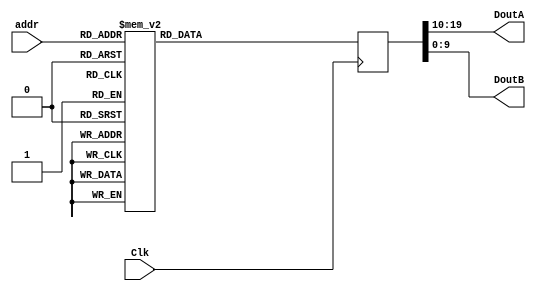
`timescale 1ns / 1ps
//////////////////////////////////////////////////////////////////////////////////
// Company: 
// Engineer: 
// 
// Design Name: 
// Module Name:    bitRevRam 
// Project Name: 
// Target Devices: 
// Tool versions: 
// Description: 
//
// Dependencies: 
//
// Revision: 
// Revision 0.01 - File Created
// Additional Comments: 
//
//////////////////////////////////////////////////////////////////////////////////
module bitRevRam(Clk, addr, DoutA, DoutB);

	input Clk;
	input [8:0] addr;
	
	output [9:0] DoutA, DoutB;
	
	reg [19:0] Dout;
	
	assign DoutA = Dout[19:10];
	assign DoutB = Dout[9:0];
	
	always @ (posedge Clk) begin
		case (addr)
			9'b000000000: Dout <= 20'b00000000011000000000;
			9'b000000001: Dout <= 20'b00000000100100000000;
			9'b000000010: Dout <= 20'b00000000111100000000;
			9'b000000011: Dout <= 20'b00000001000010000000;
			9'b000000100: Dout <= 20'b00000001011010000000;
			9'b000000101: Dout <= 20'b00000001100110000000;
			9'b000000110: Dout <= 20'b00000001111110000000;
			9'b000000111: Dout <= 20'b00000010000001000000;
			9'b000001000: Dout <= 20'b00000010011001000000;
			9'b000001001: Dout <= 20'b00000010100101000000;
			9'b000001010: Dout <= 20'b00000010111101000000;
			9'b000001011: Dout <= 20'b00000011000011000000;
			9'b000001100: Dout <= 20'b00000011011011000000;
			9'b000001101: Dout <= 20'b00000011100111000000;
			9'b000001110: Dout <= 20'b00000011111111000000;
			9'b000001111: Dout <= 20'b00000100000000100000;
			9'b000010000: Dout <= 20'b00000100011000100000;
			9'b000010001: Dout <= 20'b00000100100100100000;
			9'b000010010: Dout <= 20'b00000100111100100000;
			9'b000010011: Dout <= 20'b00000101000010100000;
			9'b000010100: Dout <= 20'b00000101011010100000;
			9'b000010101: Dout <= 20'b00000101100110100000;
			9'b000010110: Dout <= 20'b00000101111110100000;
			9'b000010111: Dout <= 20'b00000110000001100000;
			9'b000011000: Dout <= 20'b00000110011001100000;
			9'b000011001: Dout <= 20'b00000110100101100000;
			9'b000011010: Dout <= 20'b00000110111101100000;
			9'b000011011: Dout <= 20'b00000111000011100000;
			9'b000011100: Dout <= 20'b00000111011011100000;
			9'b000011101: Dout <= 20'b00000111100111100000;
			9'b000011110: Dout <= 20'b00000111111111100000;
			9'b000011111: Dout <= 20'b00001000011000010000;
			9'b000100000: Dout <= 20'b00001000100100010000;
			9'b000100001: Dout <= 20'b00001000111100010000;
			9'b000100010: Dout <= 20'b00001001000010010000;
			9'b000100011: Dout <= 20'b00001001011010010000;
			9'b000100100: Dout <= 20'b00001001100110010000;
			9'b000100101: Dout <= 20'b00001001111110010000;
			9'b000100110: Dout <= 20'b00001010000001010000;
			9'b000100111: Dout <= 20'b00001010011001010000;
			9'b000101000: Dout <= 20'b00001010100101010000;
			9'b000101001: Dout <= 20'b00001010111101010000;
			9'b000101010: Dout <= 20'b00001011000011010000;
			9'b000101011: Dout <= 20'b00001011011011010000;
			9'b000101100: Dout <= 20'b00001011100111010000;
			9'b000101101: Dout <= 20'b00001011111111010000;
			9'b000101110: Dout <= 20'b00001100011000110000;
			9'b000101111: Dout <= 20'b00001100100100110000;
			9'b000110000: Dout <= 20'b00001100111100110000;
			9'b000110001: Dout <= 20'b00001101000010110000;
			9'b000110010: Dout <= 20'b00001101011010110000;
			9'b000110011: Dout <= 20'b00001101100110110000;
			9'b000110100: Dout <= 20'b00001101111110110000;
			9'b000110101: Dout <= 20'b00001110000001110000;
			9'b000110110: Dout <= 20'b00001110011001110000;
			9'b000110111: Dout <= 20'b00001110100101110000;
			9'b000111000: Dout <= 20'b00001110111101110000;
			9'b000111001: Dout <= 20'b00001111000011110000;
			9'b000111010: Dout <= 20'b00001111011011110000;
			9'b000111011: Dout <= 20'b00001111100111110000;
			9'b000111100: Dout <= 20'b00001111111111110000;
			9'b000111101: Dout <= 20'b00010000011000001000;
			9'b000111110: Dout <= 20'b00010000100100001000;
			9'b000111111: Dout <= 20'b00010000111100001000;
			9'b001000000: Dout <= 20'b00010001000010001000;
			9'b001000001: Dout <= 20'b00010001011010001000;
			9'b001000010: Dout <= 20'b00010001100110001000;
			9'b001000011: Dout <= 20'b00010001111110001000;
			9'b001000100: Dout <= 20'b00010010011001001000;
			9'b001000101: Dout <= 20'b00010010100101001000;
			9'b001000110: Dout <= 20'b00010010111101001000;
			9'b001000111: Dout <= 20'b00010011000011001000;
			9'b001001000: Dout <= 20'b00010011011011001000;
			9'b001001001: Dout <= 20'b00010011100111001000;
			9'b001001010: Dout <= 20'b00010011111111001000;
			9'b001001011: Dout <= 20'b00010100011000101000;
			9'b001001100: Dout <= 20'b00010100100100101000;
			9'b001001101: Dout <= 20'b00010100111100101000;
			9'b001001110: Dout <= 20'b00010101000010101000;
			9'b001001111: Dout <= 20'b00010101011010101000;
			9'b001010000: Dout <= 20'b00010101100110101000;
			9'b001010001: Dout <= 20'b00010101111110101000;
			9'b001010010: Dout <= 20'b00010110000001101000;
			9'b001010011: Dout <= 20'b00010110011001101000;
			9'b001010100: Dout <= 20'b00010110100101101000;
			9'b001010101: Dout <= 20'b00010110111101101000;
			9'b001010110: Dout <= 20'b00010111000011101000;
			9'b001010111: Dout <= 20'b00010111011011101000;
			9'b001011000: Dout <= 20'b00010111100111101000;
			9'b001011001: Dout <= 20'b00010111111111101000;
			9'b001011010: Dout <= 20'b00011000011000011000;
			9'b001011011: Dout <= 20'b00011000100100011000;
			9'b001011100: Dout <= 20'b00011000111100011000;
			9'b001011101: Dout <= 20'b00011001000010011000;
			9'b001011110: Dout <= 20'b00011001011010011000;
			9'b001011111: Dout <= 20'b00011001100110011000;
			9'b001100000: Dout <= 20'b00011001111110011000;
			9'b001100001: Dout <= 20'b00011010011001011000;
			9'b001100010: Dout <= 20'b00011010100101011000;
			9'b001100011: Dout <= 20'b00011010111101011000;
			9'b001100100: Dout <= 20'b00011011000011011000;
			9'b001100101: Dout <= 20'b00011011011011011000;
			9'b001100110: Dout <= 20'b00011011100111011000;
			9'b001100111: Dout <= 20'b00011011111111011000;
			9'b001101000: Dout <= 20'b00011100011000111000;
			9'b001101001: Dout <= 20'b00011100100100111000;
			9'b001101010: Dout <= 20'b00011100111100111000;
			9'b001101011: Dout <= 20'b00011101000010111000;
			9'b001101100: Dout <= 20'b00011101011010111000;
			9'b001101101: Dout <= 20'b00011101100110111000;
			9'b001101110: Dout <= 20'b00011101111110111000;
			9'b001101111: Dout <= 20'b00011110011001111000;
			9'b001110000: Dout <= 20'b00011110100101111000;
			9'b001110001: Dout <= 20'b00011110111101111000;
			9'b001110010: Dout <= 20'b00011111000011111000;
			9'b001110011: Dout <= 20'b00011111011011111000;
			9'b001110100: Dout <= 20'b00011111100111111000;
			9'b001110101: Dout <= 20'b00011111111111111000;
			9'b001110110: Dout <= 20'b00100000011000000100;
			9'b001110111: Dout <= 20'b00100000100100000100;
			9'b001111000: Dout <= 20'b00100000111100000100;
			9'b001111001: Dout <= 20'b00100001011010000100;
			9'b001111010: Dout <= 20'b00100001100110000100;
			9'b001111011: Dout <= 20'b00100001111110000100;
			9'b001111100: Dout <= 20'b00100010011001000100;
			9'b001111101: Dout <= 20'b00100010100101000100;
			9'b001111110: Dout <= 20'b00100010111101000100;
			9'b001111111: Dout <= 20'b00100011000011000100;
			9'b010000000: Dout <= 20'b00100011011011000100;
			9'b010000001: Dout <= 20'b00100011100111000100;
			9'b010000010: Dout <= 20'b00100011111111000100;
			9'b010000011: Dout <= 20'b00100100011000100100;
			9'b010000100: Dout <= 20'b00100100100100100100;
			9'b010000101: Dout <= 20'b00100100111100100100;
			9'b010000110: Dout <= 20'b00100101000010100100;
			9'b010000111: Dout <= 20'b00100101011010100100;
			9'b010001000: Dout <= 20'b00100101100110100100;
			9'b010001001: Dout <= 20'b00100101111110100100;
			9'b010001010: Dout <= 20'b00100110011001100100;
			9'b010001011: Dout <= 20'b00100110100101100100;
			9'b010001100: Dout <= 20'b00100110111101100100;
			9'b010001101: Dout <= 20'b00100111000011100100;
			9'b010001110: Dout <= 20'b00100111011011100100;
			9'b010001111: Dout <= 20'b00100111100111100100;
			9'b010010000: Dout <= 20'b00100111111111100100;
			9'b010010001: Dout <= 20'b00101000011000010100;
			9'b010010010: Dout <= 20'b00101000100100010100;
			9'b010010011: Dout <= 20'b00101000111100010100;
			9'b010010100: Dout <= 20'b00101001011010010100;
			9'b010010101: Dout <= 20'b00101001100110010100;
			9'b010010110: Dout <= 20'b00101001111110010100;
			9'b010010111: Dout <= 20'b00101010011001010100;
			9'b010011000: Dout <= 20'b00101010100101010100;
			9'b010011001: Dout <= 20'b00101010111101010100;
			9'b010011010: Dout <= 20'b00101011000011010100;
			9'b010011011: Dout <= 20'b00101011011011010100;
			9'b010011100: Dout <= 20'b00101011100111010100;
			9'b010011101: Dout <= 20'b00101011111111010100;
			9'b010011110: Dout <= 20'b00101100011000110100;
			9'b010011111: Dout <= 20'b00101100100100110100;
			9'b010100000: Dout <= 20'b00101100111100110100;
			9'b010100001: Dout <= 20'b00101101011010110100;
			9'b010100010: Dout <= 20'b00101101100110110100;
			9'b010100011: Dout <= 20'b00101101111110110100;
			9'b010100100: Dout <= 20'b00101110011001110100;
			9'b010100101: Dout <= 20'b00101110100101110100;
			9'b010100110: Dout <= 20'b00101110111101110100;
			9'b010100111: Dout <= 20'b00101111000011110100;
			9'b010101000: Dout <= 20'b00101111011011110100;
			9'b010101001: Dout <= 20'b00101111100111110100;
			9'b010101010: Dout <= 20'b00101111111111110100;
			9'b010101011: Dout <= 20'b00110000011000001100;
			9'b010101100: Dout <= 20'b00110000100100001100;
			9'b010101101: Dout <= 20'b00110000111100001100;
			9'b010101110: Dout <= 20'b00110001011010001100;
			9'b010101111: Dout <= 20'b00110001100110001100;
			9'b010110000: Dout <= 20'b00110001111110001100;
			9'b010110001: Dout <= 20'b00110010011001001100;
			9'b010110010: Dout <= 20'b00110010100101001100;
			9'b010110011: Dout <= 20'b00110010111101001100;
			9'b010110100: Dout <= 20'b00110011011011001100;
			9'b010110101: Dout <= 20'b00110011100111001100;
			9'b010110110: Dout <= 20'b00110011111111001100;
			9'b010110111: Dout <= 20'b00110100011000101100;
			9'b010111000: Dout <= 20'b00110100100100101100;
			9'b010111001: Dout <= 20'b00110100111100101100;
			9'b010111010: Dout <= 20'b00110101011010101100;
			9'b010111011: Dout <= 20'b00110101100110101100;
			9'b010111100: Dout <= 20'b00110101111110101100;
			9'b010111101: Dout <= 20'b00110110011001101100;
			9'b010111110: Dout <= 20'b00110110100101101100;
			9'b010111111: Dout <= 20'b00110110111101101100;
			9'b011000000: Dout <= 20'b00110111000011101100;
			9'b011000001: Dout <= 20'b00110111011011101100;
			9'b011000010: Dout <= 20'b00110111100111101100;
			9'b011000011: Dout <= 20'b00110111111111101100;
			9'b011000100: Dout <= 20'b00111000011000011100;
			9'b011000101: Dout <= 20'b00111000100100011100;
			9'b011000110: Dout <= 20'b00111000111100011100;
			9'b011000111: Dout <= 20'b00111001011010011100;
			9'b011001000: Dout <= 20'b00111001100110011100;
			9'b011001001: Dout <= 20'b00111001111110011100;
			9'b011001010: Dout <= 20'b00111010011001011100;
			9'b011001011: Dout <= 20'b00111010100101011100;
			9'b011001100: Dout <= 20'b00111010111101011100;
			9'b011001101: Dout <= 20'b00111011011011011100;
			9'b011001110: Dout <= 20'b00111011100111011100;
			9'b011001111: Dout <= 20'b00111011111111011100;
			9'b011010000: Dout <= 20'b00111100011000111100;
			9'b011010001: Dout <= 20'b00111100100100111100;
			9'b011010010: Dout <= 20'b00111100111100111100;
			9'b011010011: Dout <= 20'b00111101011010111100;
			9'b011010100: Dout <= 20'b00111101100110111100;
			9'b011010101: Dout <= 20'b00111101111110111100;
			9'b011010110: Dout <= 20'b00111110011001111100;
			9'b011010111: Dout <= 20'b00111110100101111100;
			9'b011011000: Dout <= 20'b00111110111101111100;
			9'b011011001: Dout <= 20'b00111111011011111100;
			9'b011011010: Dout <= 20'b00111111100111111100;
			9'b011011011: Dout <= 20'b00111111111111111100;
			9'b011011100: Dout <= 20'b01000000011000000010;
			9'b011011101: Dout <= 20'b01000000111100000010;
			9'b011011110: Dout <= 20'b01000001011010000010;
			9'b011011111: Dout <= 20'b01000001100110000010;
			9'b011100000: Dout <= 20'b01000001111110000010;
			9'b011100001: Dout <= 20'b01000010011001000010;
			9'b011100010: Dout <= 20'b01000010100101000010;
			9'b011100011: Dout <= 20'b01000010111101000010;
			9'b011100100: Dout <= 20'b01000011011011000010;
			9'b011100101: Dout <= 20'b01000011100111000010;
			9'b011100110: Dout <= 20'b01000011111111000010;
			9'b011100111: Dout <= 20'b01000100011000100010;
			9'b011101000: Dout <= 20'b01000100100100100010;
			9'b011101001: Dout <= 20'b01000100111100100010;
			9'b011101010: Dout <= 20'b01000101011010100010;
			9'b011101011: Dout <= 20'b01000101100110100010;
			9'b011101100: Dout <= 20'b01000101111110100010;
			9'b011101101: Dout <= 20'b01000110011001100010;
			9'b011101110: Dout <= 20'b01000110100101100010;
			9'b011101111: Dout <= 20'b01000110111101100010;
			9'b011110000: Dout <= 20'b01000111011011100010;
			9'b011110001: Dout <= 20'b01000111100111100010;
			9'b011110010: Dout <= 20'b01000111111111100010;
			9'b011110011: Dout <= 20'b01001000011000010010;
			9'b011110100: Dout <= 20'b01001000111100010010;
			9'b011110101: Dout <= 20'b01001001011010010010;
			9'b011110110: Dout <= 20'b01001001100110010010;
			9'b011110111: Dout <= 20'b01001001111110010010;
			9'b011111000: Dout <= 20'b01001010011001010010;
			9'b011111001: Dout <= 20'b01001010100101010010;
			9'b011111010: Dout <= 20'b01001010111101010010;
			9'b011111011: Dout <= 20'b01001011011011010010;
			9'b011111100: Dout <= 20'b01001011100111010010;
			9'b011111101: Dout <= 20'b01001011111111010010;
			9'b011111110: Dout <= 20'b01001100011000110010;
			9'b011111111: Dout <= 20'b01001100111100110010;
			9'b100000000: Dout <= 20'b01001101011010110010;
			9'b100000001: Dout <= 20'b01001101100110110010;
			9'b100000010: Dout <= 20'b01001101111110110010;
			9'b100000011: Dout <= 20'b01001110011001110010;
			9'b100000100: Dout <= 20'b01001110100101110010;
			9'b100000101: Dout <= 20'b01001110111101110010;
			9'b100000110: Dout <= 20'b01001111011011110010;
			9'b100000111: Dout <= 20'b01001111100111110010;
			9'b100001000: Dout <= 20'b01001111111111110010;
			9'b100001001: Dout <= 20'b01010000011000001010;
			9'b100001010: Dout <= 20'b01010000111100001010;
			9'b100001011: Dout <= 20'b01010001011010001010;
			9'b100001100: Dout <= 20'b01010001100110001010;
			9'b100001101: Dout <= 20'b01010001111110001010;
			9'b100001110: Dout <= 20'b01010010011001001010;
			9'b100001111: Dout <= 20'b01010010111101001010;
			9'b100010000: Dout <= 20'b01010011011011001010;
			9'b100010001: Dout <= 20'b01010011100111001010;
			9'b100010010: Dout <= 20'b01010011111111001010;
			9'b100010011: Dout <= 20'b01010100011000101010;
			9'b100010100: Dout <= 20'b01010100111100101010;
			9'b100010101: Dout <= 20'b01010101011010101010;
			9'b100010110: Dout <= 20'b01010101100110101010;
			9'b100010111: Dout <= 20'b01010101111110101010;
			9'b100011000: Dout <= 20'b01010110011001101010;
			9'b100011001: Dout <= 20'b01010110100101101010;
			9'b100011010: Dout <= 20'b01010110111101101010;
			9'b100011011: Dout <= 20'b01010111011011101010;
			9'b100011100: Dout <= 20'b01010111100111101010;
			9'b100011101: Dout <= 20'b01010111111111101010;
			9'b100011110: Dout <= 20'b01011000011000011010;
			9'b100011111: Dout <= 20'b01011000111100011010;
			9'b100100000: Dout <= 20'b01011001011010011010;
			9'b100100001: Dout <= 20'b01011001100110011010;
			9'b100100010: Dout <= 20'b01011001111110011010;
			9'b100100011: Dout <= 20'b01011010011001011010;
			9'b100100100: Dout <= 20'b01011010111101011010;
			9'b100100101: Dout <= 20'b01011011011011011010;
			9'b100100110: Dout <= 20'b01011011100111011010;
			9'b100100111: Dout <= 20'b01011011111111011010;
			9'b100101000: Dout <= 20'b01011100011000111010;
			9'b100101001: Dout <= 20'b01011100111100111010;
			9'b100101010: Dout <= 20'b01011101011010111010;
			9'b100101011: Dout <= 20'b01011101100110111010;
			9'b100101100: Dout <= 20'b01011101111110111010;
			9'b100101101: Dout <= 20'b01011110011001111010;
			9'b100101110: Dout <= 20'b01011110111101111010;
			9'b100101111: Dout <= 20'b01011111011011111010;
			9'b100110000: Dout <= 20'b01011111100111111010;
			9'b100110001: Dout <= 20'b01011111111111111010;
			9'b100110010: Dout <= 20'b01100000011000000110;
			9'b100110011: Dout <= 20'b01100000111100000110;
			9'b100110100: Dout <= 20'b01100001011010000110;
			9'b100110101: Dout <= 20'b01100001111110000110;
			9'b100110110: Dout <= 20'b01100010011001000110;
			9'b100110111: Dout <= 20'b01100010111101000110;
			9'b100111000: Dout <= 20'b01100011011011000110;
			9'b100111001: Dout <= 20'b01100011100111000110;
			9'b100111010: Dout <= 20'b01100011111111000110;
			9'b100111011: Dout <= 20'b01100100011000100110;
			9'b100111100: Dout <= 20'b01100100111100100110;
			9'b100111101: Dout <= 20'b01100101011010100110;
			9'b100111110: Dout <= 20'b01100101100110100110;
			9'b100111111: Dout <= 20'b01100101111110100110;
			9'b101000000: Dout <= 20'b01100110011001100110;
			9'b101000001: Dout <= 20'b01100110111101100110;
			9'b101000010: Dout <= 20'b01100111011011100110;
			9'b101000011: Dout <= 20'b01100111100111100110;
			9'b101000100: Dout <= 20'b01100111111111100110;
			9'b101000101: Dout <= 20'b01101000011000010110;
			9'b101000110: Dout <= 20'b01101000111100010110;
			9'b101000111: Dout <= 20'b01101001011010010110;
			9'b101001000: Dout <= 20'b01101001111110010110;
			9'b101001001: Dout <= 20'b01101010011001010110;
			9'b101001010: Dout <= 20'b01101010111101010110;
			9'b101001011: Dout <= 20'b01101011011011010110;
			9'b101001100: Dout <= 20'b01101011100111010110;
			9'b101001101: Dout <= 20'b01101011111111010110;
			9'b101001110: Dout <= 20'b01101100011000110110;
			9'b101001111: Dout <= 20'b01101100111100110110;
			9'b101010000: Dout <= 20'b01101101011010110110;
			9'b101010001: Dout <= 20'b01101101111110110110;
			9'b101010010: Dout <= 20'b01101110011001110110;
			9'b101010011: Dout <= 20'b01101110111101110110;
			9'b101010100: Dout <= 20'b01101111011011110110;
			9'b101010101: Dout <= 20'b01101111100111110110;
			9'b101010110: Dout <= 20'b01101111111111110110;
			9'b101010111: Dout <= 20'b01110000011000001110;
			9'b101011000: Dout <= 20'b01110000111100001110;
			9'b101011001: Dout <= 20'b01110001011010001110;
			9'b101011010: Dout <= 20'b01110001111110001110;
			9'b101011011: Dout <= 20'b01110010011001001110;
			9'b101011100: Dout <= 20'b01110010111101001110;
			9'b101011101: Dout <= 20'b01110011011011001110;
			9'b101011110: Dout <= 20'b01110011111111001110;
			9'b101011111: Dout <= 20'b01110100011000101110;
			9'b101100000: Dout <= 20'b01110100111100101110;
			9'b101100001: Dout <= 20'b01110101011010101110;
			9'b101100010: Dout <= 20'b01110101111110101110;
			9'b101100011: Dout <= 20'b01110110011001101110;
			9'b101100100: Dout <= 20'b01110110111101101110;
			9'b101100101: Dout <= 20'b01110111011011101110;
			9'b101100110: Dout <= 20'b01110111100111101110;
			9'b101100111: Dout <= 20'b01110111111111101110;
			9'b101101000: Dout <= 20'b01111000011000011110;
			9'b101101001: Dout <= 20'b01111000111100011110;
			9'b101101010: Dout <= 20'b01111001011010011110;
			9'b101101011: Dout <= 20'b01111001111110011110;
			9'b101101100: Dout <= 20'b01111010011001011110;
			9'b101101101: Dout <= 20'b01111010111101011110;
			9'b101101110: Dout <= 20'b01111011011011011110;
			9'b101101111: Dout <= 20'b01111011111111011110;
			9'b101110000: Dout <= 20'b01111100011000111110;
			9'b101110001: Dout <= 20'b01111100111100111110;
			9'b101110010: Dout <= 20'b01111101011010111110;
			9'b101110011: Dout <= 20'b01111101111110111110;
			9'b101110100: Dout <= 20'b01111110011001111110;
			9'b101110101: Dout <= 20'b01111110111101111110;
			9'b101110110: Dout <= 20'b01111111011011111110;
			9'b101110111: Dout <= 20'b01111111111111111110;
			9'b101111000: Dout <= 20'b10000000111100000001;
			9'b101111001: Dout <= 20'b10000001011010000001;
			9'b101111010: Dout <= 20'b10000001111110000001;
			9'b101111011: Dout <= 20'b10000010011001000001;
			9'b101111100: Dout <= 20'b10000010111101000001;
			9'b101111101: Dout <= 20'b10000011011011000001;
			9'b101111110: Dout <= 20'b10000011111111000001;
			9'b101111111: Dout <= 20'b10000100011000100001;
			9'b110000000: Dout <= 20'b10000100111100100001;
			9'b110000001: Dout <= 20'b10000101011010100001;
			9'b110000010: Dout <= 20'b10000101111110100001;
			9'b110000011: Dout <= 20'b10000110011001100001;
			9'b110000100: Dout <= 20'b10000110111101100001;
			9'b110000101: Dout <= 20'b10000111011011100001;
			9'b110000110: Dout <= 20'b10000111111111100001;
			9'b110000111: Dout <= 20'b10001000111100010001;
			9'b110001000: Dout <= 20'b10001001011010010001;
			9'b110001001: Dout <= 20'b10001001111110010001;
			9'b110001010: Dout <= 20'b10001010011001010001;
			9'b110001011: Dout <= 20'b10001010111101010001;
			9'b110001100: Dout <= 20'b10001011011011010001;
			9'b110001101: Dout <= 20'b10001011111111010001;
			9'b110001110: Dout <= 20'b10001100111100110001;
			9'b110001111: Dout <= 20'b10001101011010110001;
			9'b110010000: Dout <= 20'b10001101111110110001;
			9'b110010001: Dout <= 20'b10001110011001110001;
			9'b110010010: Dout <= 20'b10001110111101110001;
			9'b110010011: Dout <= 20'b10001111011011110001;
			9'b110010100: Dout <= 20'b10001111111111110001;
			9'b110010101: Dout <= 20'b10010000111100001001;
			9'b110010110: Dout <= 20'b10010001011010001001;
			9'b110010111: Dout <= 20'b10010001111110001001;
			9'b110011000: Dout <= 20'b10010010111101001001;
			9'b110011001: Dout <= 20'b10010011011011001001;
			9'b110011010: Dout <= 20'b10010011111111001001;
			9'b110011011: Dout <= 20'b10010100111100101001;
			9'b110011100: Dout <= 20'b10010101011010101001;
			9'b110011101: Dout <= 20'b10010101111110101001;
			9'b110011110: Dout <= 20'b10010110011001101001;
			9'b110011111: Dout <= 20'b10010110111101101001;
			9'b110100000: Dout <= 20'b10010111011011101001;
			9'b110100001: Dout <= 20'b10010111111111101001;
			9'b110100010: Dout <= 20'b10011000111100011001;
			9'b110100011: Dout <= 20'b10011001011010011001;
			9'b110100100: Dout <= 20'b10011001111110011001;
			9'b110100101: Dout <= 20'b10011010111101011001;
			9'b110100110: Dout <= 20'b10011011011011011001;
			9'b110100111: Dout <= 20'b10011011111111011001;
			9'b110101000: Dout <= 20'b10011100111100111001;
			9'b110101001: Dout <= 20'b10011101011010111001;
			9'b110101010: Dout <= 20'b10011101111110111001;
			9'b110101011: Dout <= 20'b10011110111101111001;
			9'b110101100: Dout <= 20'b10011111011011111001;
			9'b110101101: Dout <= 20'b10011111111111111001;
			9'b110101110: Dout <= 20'b10100000111100000101;
			9'b110101111: Dout <= 20'b10100001111110000101;
			9'b110110000: Dout <= 20'b10100010111101000101;
			9'b110110001: Dout <= 20'b10100011011011000101;
			9'b110110010: Dout <= 20'b10100011111111000101;
			9'b110110011: Dout <= 20'b10100100111100100101;
			9'b110110100: Dout <= 20'b10100101011010100101;
			9'b110110101: Dout <= 20'b10100101111110100101;
			9'b110110110: Dout <= 20'b10100110111101100101;
			9'b110110111: Dout <= 20'b10100111011011100101;
			9'b110111000: Dout <= 20'b10100111111111100101;
			9'b110111001: Dout <= 20'b10101000111100010101;
			9'b110111010: Dout <= 20'b10101001111110010101;
			9'b110111011: Dout <= 20'b10101010111101010101;
			9'b110111100: Dout <= 20'b10101011011011010101;
			9'b110111101: Dout <= 20'b10101011111111010101;
			9'b110111110: Dout <= 20'b10101100111100110101;
			9'b110111111: Dout <= 20'b10101101111110110101;
			9'b111000000: Dout <= 20'b10101110111101110101;
			9'b111000001: Dout <= 20'b10101111011011110101;
			9'b111000010: Dout <= 20'b10101111111111110101;
			9'b111000011: Dout <= 20'b10110000111100001101;
			9'b111000100: Dout <= 20'b10110001111110001101;
			9'b111000101: Dout <= 20'b10110010111101001101;
			9'b111000110: Dout <= 20'b10110011111111001101;
			9'b111000111: Dout <= 20'b10110100111100101101;
			9'b111001000: Dout <= 20'b10110101111110101101;
			9'b111001001: Dout <= 20'b10110110111101101101;
			9'b111001010: Dout <= 20'b10110111011011101101;
			9'b111001011: Dout <= 20'b10110111111111101101;
			9'b111001100: Dout <= 20'b10111000111100011101;
			9'b111001101: Dout <= 20'b10111001111110011101;
			9'b111001110: Dout <= 20'b10111010111101011101;
			9'b111001111: Dout <= 20'b10111011111111011101;
			9'b111010000: Dout <= 20'b10111100111100111101;
			9'b111010001: Dout <= 20'b10111101111110111101;
			9'b111010010: Dout <= 20'b10111110111101111101;
			9'b111010011: Dout <= 20'b10111111111111111101;
			9'b111010100: Dout <= 20'b11000001111110000011;
			9'b111010101: Dout <= 20'b11000010111101000011;
			9'b111010110: Dout <= 20'b11000011111111000011;
			9'b111010111: Dout <= 20'b11000100111100100011;
			9'b111011000: Dout <= 20'b11000101111110100011;
			9'b111011001: Dout <= 20'b11000110111101100011;
			9'b111011010: Dout <= 20'b11000111111111100011;
			9'b111011011: Dout <= 20'b11001001111110010011;
			9'b111011100: Dout <= 20'b11001010111101010011;
			9'b111011101: Dout <= 20'b11001011111111010011;
			9'b111011110: Dout <= 20'b11001101111110110011;
			9'b111011111: Dout <= 20'b11001110111101110011;
			9'b111100000: Dout <= 20'b11001111111111110011;
			9'b111100001: Dout <= 20'b11010001111110001011;
			9'b111100010: Dout <= 20'b11010011111111001011;
			9'b111100011: Dout <= 20'b11010101111110101011;
			9'b111100100: Dout <= 20'b11010110111101101011;
			9'b111100101: Dout <= 20'b11010111111111101011;
			9'b111100110: Dout <= 20'b11011001111110011011;
			9'b111100111: Dout <= 20'b11011011111111011011;
			9'b111101000: Dout <= 20'b11011101111110111011;
			9'b111101001: Dout <= 20'b11011111111111111011;
			9'b111101010: Dout <= 20'b11100011111111000111;
			9'b111101011: Dout <= 20'b11100101111110100111;
			9'b111101100: Dout <= 20'b11100111111111100111;
			9'b111101101: Dout <= 20'b11101011111111010111;
			9'b111101110: Dout <= 20'b11101111111111110111;
			9'b111101111: Dout <= 20'b11110111111111101111;
			default: Dout <= 20'bxxxxxxxxxxxxxxxxxxxx;
		endcase
	end
endmodule